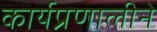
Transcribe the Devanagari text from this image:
कार्यप्रणालीने